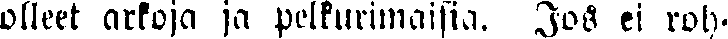
olleet arkoja ja pelkurimaisia. Jos ei roh-